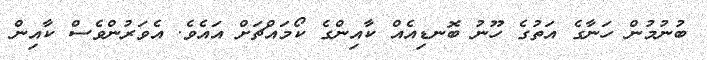
ބުނުމުން ހަނާގެ އަތުގެ ހޫނު ބޮނޑިއެއް ކާއިންގެ ކޯމައްޗަށް އައެވެ. އެވަރުންވެސް ކާއިން